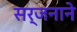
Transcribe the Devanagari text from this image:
सर्जनाने